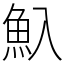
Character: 魞